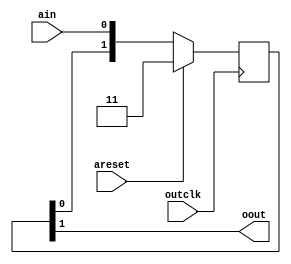
module syncasync(

     input      areset,
     input      ain,
     input      outclk,     
     
     output     oout   
    );

wire          oout;
reg     [1:0] osyncstages=0;     
    
 assign oout = osyncstages[1] ;   
    
  
 always@(posedge outclk)begin
    if(areset)
         osyncstages <= 2'b11; 
    else
         osyncstages <= {osyncstages[0],ain};   
end    
      
endmodule